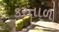
કરતાળ